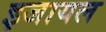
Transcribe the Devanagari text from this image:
इजायल